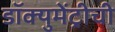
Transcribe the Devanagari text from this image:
डॉक्युमेंट्रीची